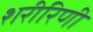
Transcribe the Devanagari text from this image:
शरीरिणी